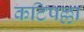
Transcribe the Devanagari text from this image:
कटिपल्ला